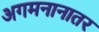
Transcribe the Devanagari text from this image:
अगमनानातर